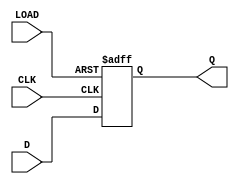
module Reg8 (
	input [7:0] D,
	output reg [7:0] Q,
	input CLK,
	input LOAD
);
initial
	Q = 8'b 10000001;
always @(posedge CLK or posedge LOAD)
	if (LOAD)
		Q=8'b 10000001;
	else
		Q=D;

endmodule